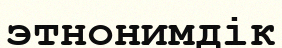
этнонимдік